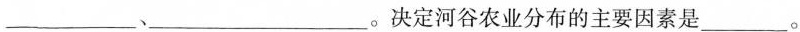
___、___。决定河谷农业分布的主要因素是___。